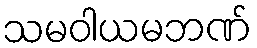
သမဝါယမဘဏ်